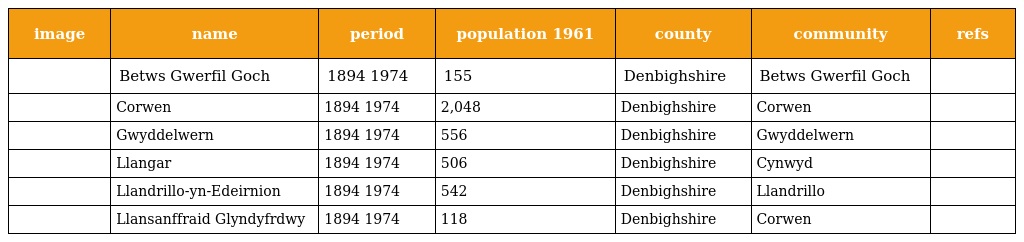
| image | name | period | population 1961 | county | community | refs |
 | --- | --- | --- | --- | --- | --- | --- |
 |  | Betws Gwerfil Goch | 1894 1974 | 155 | Denbighshire | Betws Gwerfil Goch |  |
 |  | Corwen | 1894 1974 | 2,048 | Denbighshire | Corwen |  |
 |  | Gwyddelwern | 1894 1974 | 556 | Denbighshire | Gwyddelwern |  |
 |  | Llangar | 1894 1974 | 506 | Denbighshire | Cynwyd |  |
 |  | Llandrillo-yn-Edeirnion | 1894 1974 | 542 | Denbighshire | Llandrillo |  |
 |  | Llansanffraid Glyndyfrdwy | 1894 1974 | 118 | Denbighshire | Corwen |  |